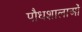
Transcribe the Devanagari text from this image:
पौधशालाओं